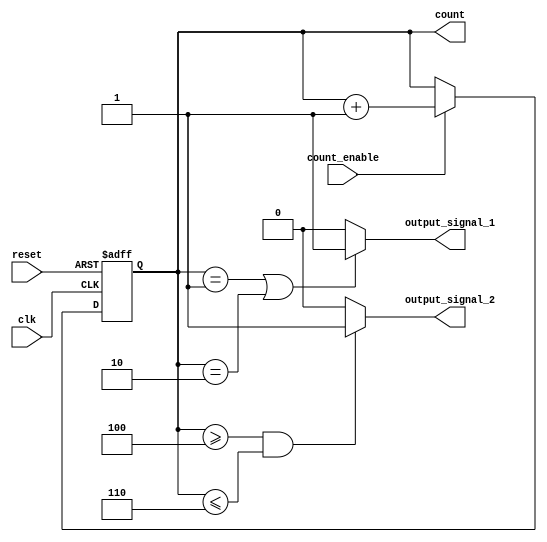
module synchronous_counter (
    input wire clk,              // Clock input
    input wire reset,            // Asynchronous reset input
    input wire count_enable,     // Count enable input
    output reg [3:0] count,      // 4-bit counter register
    output reg output_signal_1,  // Output signal 1
    output reg output_signal_2   // Output signal 2
);

// Asynchronous reset and synchronous counting
always @(posedge clk or posedge reset) begin
    if (reset) begin
        count <= 4'b0000; // Reset counter to 0
    end else if (count_enable) begin
        count <= count + 1; // Increment counter
    end
end

// Output control logic based on the current count value
always @(*) begin
    // Default output values
    output_signal_1 = 1'b0;
    output_signal_2 = 1'b0;

    // Control logic for output_signal_1
    if (count == 4'b0001 || count == 4'b0010) begin
        output_signal_1 = 1'b1; // Activate output_signal_1 for count 1 and 2
    end

    // Control logic for output_signal_2
    if (count >= 4'b0100 && count <= 4'b0110) begin
        output_signal_2 = 1'b1; // Activate output_signal_2 for count 4 to 6
    end
end

endmodule